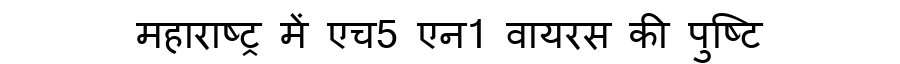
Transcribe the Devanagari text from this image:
महाराष्ट्र में एच5 एन1 वायरस की पुष्टि